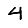
Digit: 4